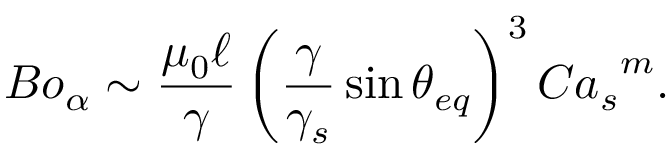
{ B o _ { \alpha } \sim \frac { \mu _ { 0 } \ell } { \gamma } \left( \frac { \gamma } { \gamma _ { s } } \sin { \theta _ { e q } } \right) ^ { 3 } { C a _ { s } } ^ { m } } .